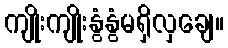
ကျိုးကျိုးနွံနွံမရှိလှချေ။